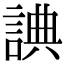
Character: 𧨸